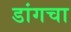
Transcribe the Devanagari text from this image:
डांगचा